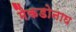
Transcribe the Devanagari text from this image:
मैकडोनाघ